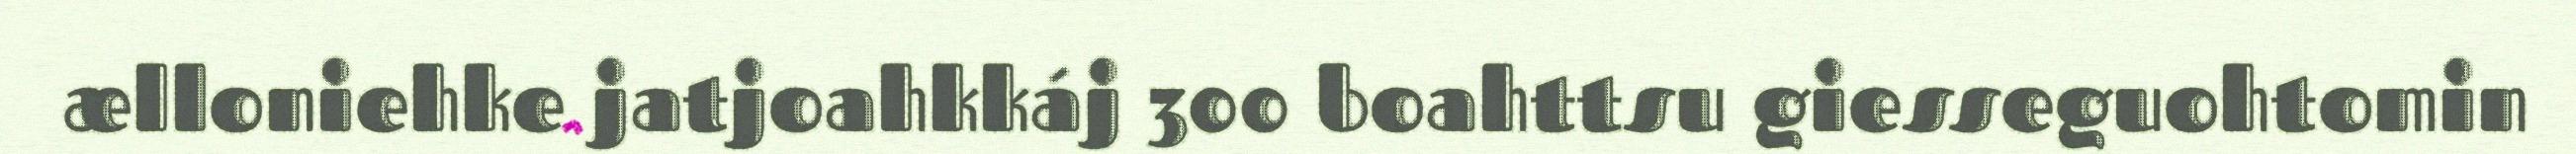
ælloniehke jatjoahkkáj 300 boahttsu giesseguohtomin